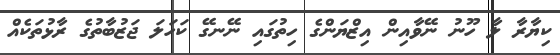
ކިޔާރާ ލާ ހޫނު ނޭވާއިން އިޒްޔަންގެ ހިތުގައި ނޭނގޭ ކަހަލަ ޖަޒުބާތުގެ ރާޅުތަކެއް